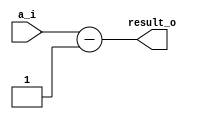
`timescale 1ns/10ps

module dect(a_i, result_o);

input [7:0]a_i;

output [7:0]result_o;
 

assign  result_o = a_i - 8'b1;

endmodule